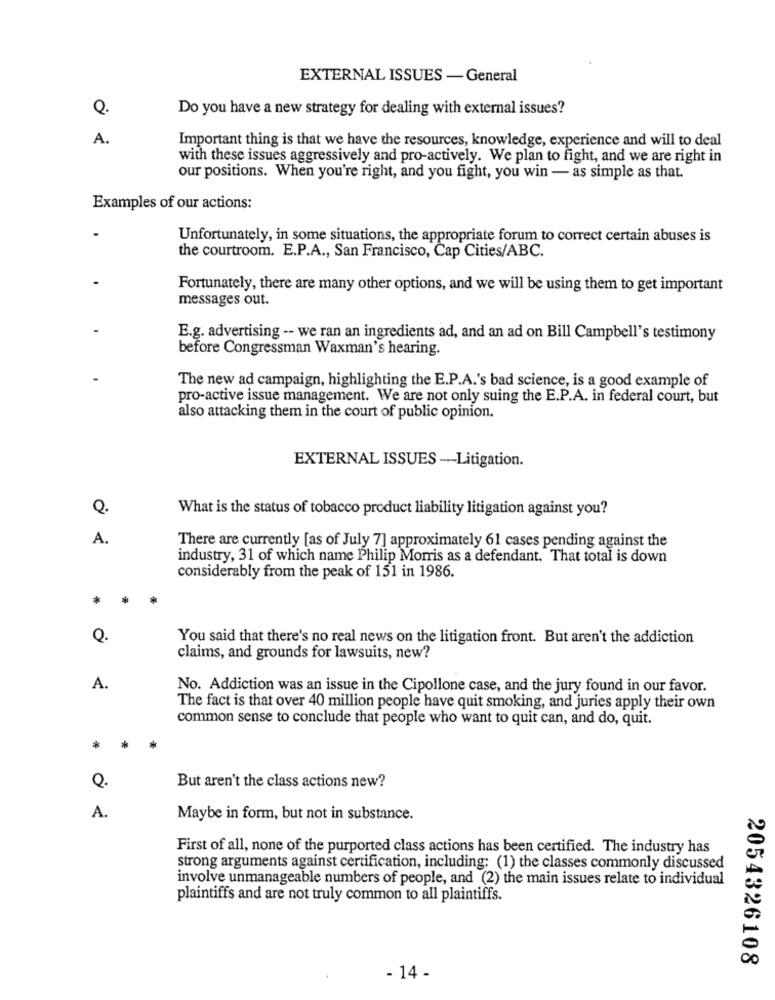
EXTERNAL ISSUES -General
Q.
Do you have a new strategy for dealing with external issues?
A.
Important thing is that we have the resources, knowledge, experience and will to deal
with these issues aggressively and pro-actively. We plan to fight, and we are right in
our positions. When you're right, and you fight, you win - as simple as that.
Examples of our actions:
Unfortunately, in some situations, the appropriate forum to correct certain abuses is
the courtroom. E.P.A ., San Francisco, Cap Cities/ABC.
Fortunately, there are many other options, and we will be using them to get important
messages out.
E.g. advertising -- we ran an ingredients ad, and an ad on Bill Campbell's testimony
before Congressman Waxman's hearing.
The new ad campaign, highlighting the E.P.A.'s bad science, is a good example of
pro-active issue management. We are not only suing the E.P.A. in federal court, but
also attacking them in the court of public opinion.
EXTERNAL ISSUES -Litigation.
What is the status of tobacco product liability litigation against you?
A.
There are currently [as of July 7] approximately 61 cases pending against the
industry, 31 of which name Philip Morris as a defendant. That total is down
considerably from the peak of 151 in 1986.
Q.
You said that there's no real news on the litigation front. But aren't the addiction
claims, and grounds for lawsuits, new?
A.
No. Addiction was an issue in the Cipollone case, and the jury found in our favor.
The fact is that over 40 million people have quit smoking, and juries apply their own
common sense to conclude that people who want to quit can, and do, quit.
*
*
Q.
But aren't the class actions new?
A.
Maybe in form, but not in substance.
First of all, none of the purported class actions has been certified. The industry has
strong arguments against certification, including: (1) the classes commonly discussed
involve unmanageable numbers of people, and (2) the main issues relate to individual
plaintiffs and are not truly common to all plaintiffs.
2054326108
- 14 -